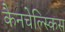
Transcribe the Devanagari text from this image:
कैनचेल्स्किस